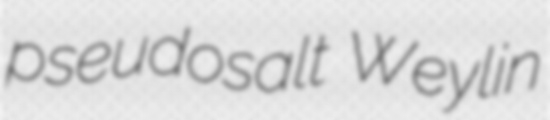
pseudosalt Weylin